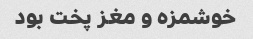
خوشمزه و مغز پخت بود